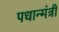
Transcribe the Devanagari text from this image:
पधान्मंत्री